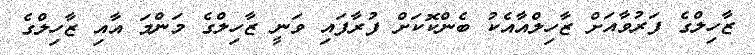
ޒާހިލްގެ ފަރުވާއަށް ޒާހިލްއާއެކު ބެންކޮކަށް ފުރާފައި ވަނީ ޒާހިލްގެ މަންމަ އާއި ޒާހިލްގެ